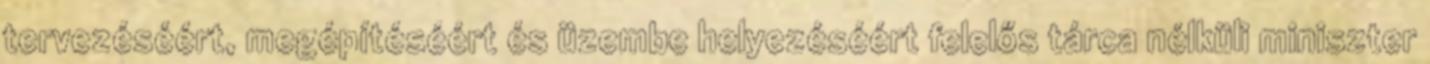
tervezéséért, megépítéséért és üzembe helyezéséért felelős tárca nélküli miniszter